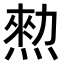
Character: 𤍂